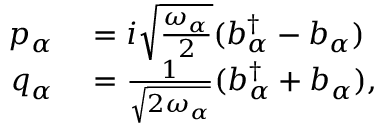
\begin{array} { r l } { p _ { \alpha } } & { { } = i \sqrt { \frac { \omega _ { \alpha } } { 2 } } ( b _ { \alpha } ^ { \dagger } - b _ { \alpha } ) } \\ { q _ { \alpha } } & { { } = \frac { 1 } { \sqrt { 2 \omega _ { \alpha } } } ( b _ { \alpha } ^ { \dagger } + b _ { \alpha } ) , } \end{array}